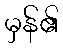
မှန်၏